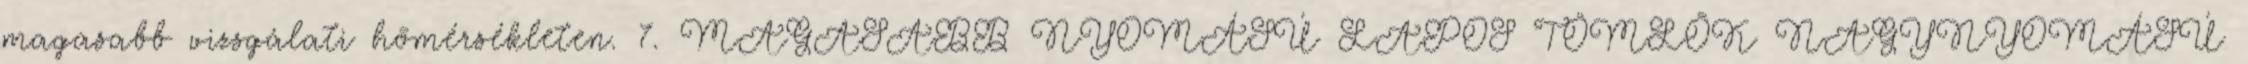
magasabb vizsgálati hõmérsékleten. 7. MAGASABB NYOMÁSÚ LAPOS TÖMLÕK NAGYNYOMÁSÚ